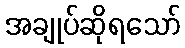
အချုပ်ဆိုရသော်